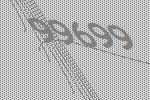
99699